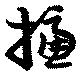
攄